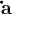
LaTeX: \mathbf { \dot { a } }